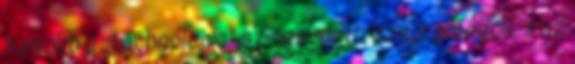
Később a „technológia” színesedett: a régi görögök, s az